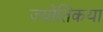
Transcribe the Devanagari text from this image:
ज्‍योतिकया